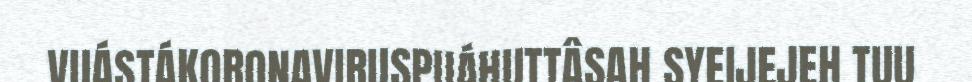
VUÁSTÁKORONAVIRUSPUÁHUTTÂSAH SYEIJEJEH TUU